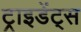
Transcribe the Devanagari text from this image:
ट्राइडेंट्स